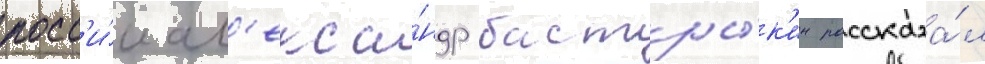
росс'и́и ал'екса́ндр бастры́к'ин рассказа́л